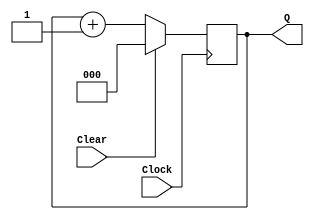
/*
	A cada sinal de clock, se clear = 1 ele retorna zero e se clear = 0 retorna Q++;
*/
module upcount(Clear, Clock, Q);
	input Clear, Clock;
	output reg [2:0] Q;
	always @(posedge Clock)
		if (Clear)
			Q <= 3'b0;
		else
			Q <= Q + 1'b1;
endmodule